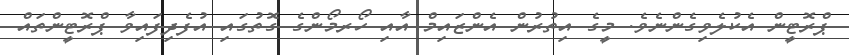
ޕްރޮޓީން އެކުލެވިގެންނެވެ. މީގެ އިތުރުން އެންޒައިމް އާއި ހޯރމޯންގެ ގޮތުގައި އުފެދިފައިވާ ޕްރޮޓީންތައް